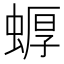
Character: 𱿳